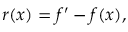
r ( x ) = f ^ { \prime } - f ( x ) ,